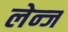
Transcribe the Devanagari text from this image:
लेन्ज